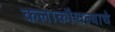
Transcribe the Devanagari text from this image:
कलाकौशल्याचे